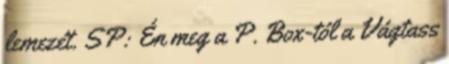
lemezét. SP: Én meg a P. Box-tól a Vágtass